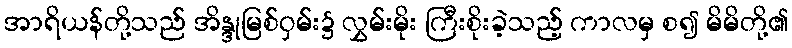
အာရိယန်တို့သည် အိန္ဒုမြစ်ဝှမ်း၌ လွှမ်းမိုး ကြီးစိုးခဲ့သည့် ကာလမှ စ၍ မိမိတို့၏